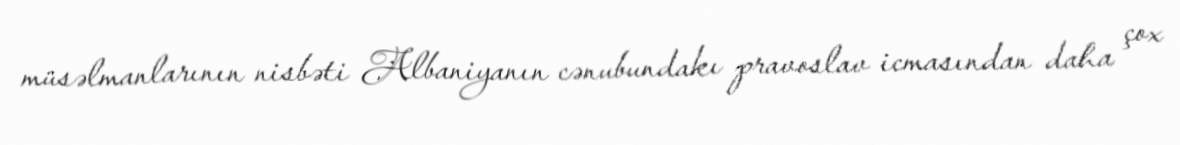
müsəlmanlarının nisbəti Albaniyanın cənubundakı pravoslav icmasından daha çox